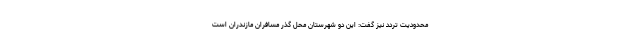
محدودیت تردد نیز گفت: این دو شهرستان محل گذر مسافران مازندران است